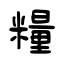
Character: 糧